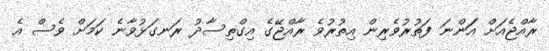
ރާއްޖެއަށް އަަންނަ ފަތުރުވެރިން އިތުރުވެ ރާއްޖޭގެ އިގްތިސާދު ރަނގަޅުވާނެ ކަމަށް ވެސް އެ